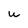
Character: U